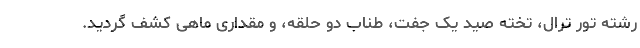
رشته تور ترال، تخته صید یک جفت، طناب دو حلقه، و مقداری ماهی کشف گردید.